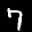
Label: 7